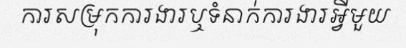
ការសម្រុកការងារឬទំនាក់ការងារអ្វីមួយ